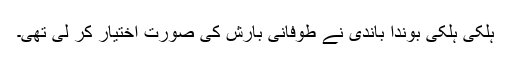
ہلکی ہلکی بوندا باندی نے طوفانی بارش کی صورت اختیار کر لی تھی۔